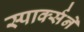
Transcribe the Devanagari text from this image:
स्पार्क्‍सने